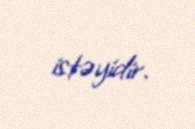
istəyidir.